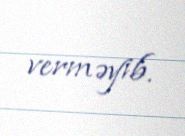
verməyib.